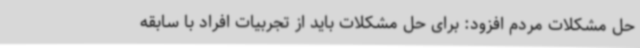
حل مشکلات مردم افزود: برای حل مشکلات باید از تجربیات افراد با سابقه